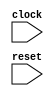
module NestedSubAccessTester(
  input   clock,
  input   reset
);
  always @(posedge clock) begin
    `ifndef SYNTHESIS
    `ifdef STOP_COND
      if (`STOP_COND) begin
    `endif
        if (~reset) begin
          $finish;
        end
    `ifdef STOP_COND
      end
    `endif
    `endif // SYNTHESIS
  end
endmodule